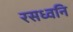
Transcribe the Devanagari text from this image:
रसध्वनि